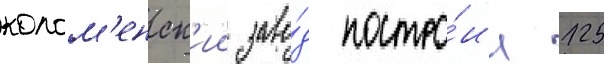
колом'енск'ии заво́д постро́ил 125